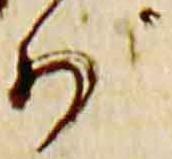
少